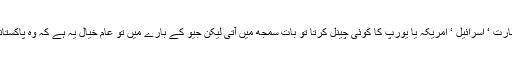
یہ تعارف بھارت ‘ اسرائیل ‘ امریکہ یا یورپ کا کوئی چینل کرتا تو بات سمجھ میں آتی لیکن جیو کے بارے میں تو عام خیال یہ ہے کہ وہ پاکستانی چینل ہے۔